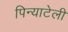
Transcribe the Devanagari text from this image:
पिन्याटेली